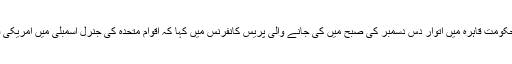
فلسطینی وزیر خارجہ ریاض المالکی نے مصری دار الحکومت قاہرہ میں اتوار دس دسمبر کی صبح میں کی جانے والی پریس کانفرنس میں کہا کہ اقوام متحدہ کی جنرل اسمبلی میں امریکی فیصلے کی مذمت کی قرارداد جلد جمع کرائی جائے گی۔